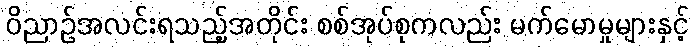
ဝိညာဉ်အလင်းရသည့်အတိုင်း စစ်အုပ်စုကလည်း မက်မောမှုများနှင့်